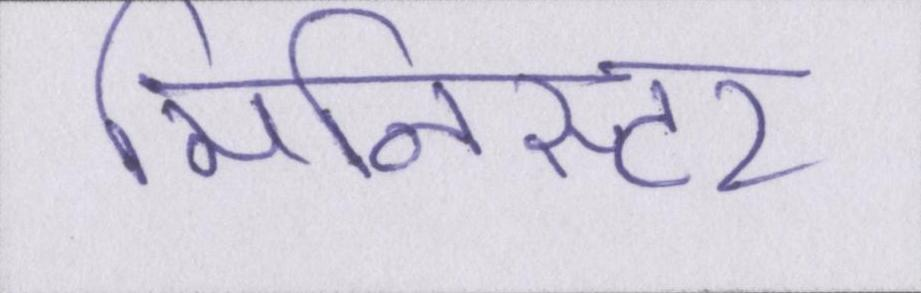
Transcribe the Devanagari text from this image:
मिनिस्टर